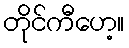
တိုင်ကီဟေ့။